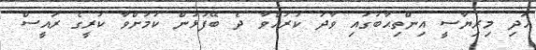
އަދި މިރިޔާސީ އިންތިޙާބުގައި ވާދަ ކުރައްވާ ދެ ބޭފުޅުން ކަމަށްވާ ކުރީގެ ރައީސް